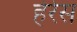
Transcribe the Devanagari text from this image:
हेरेस